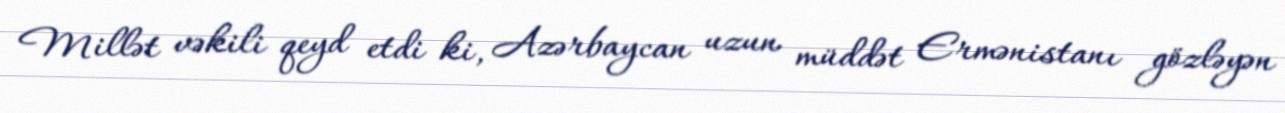
Millət vəkili qeyd etdi ki, Azərbaycan uzun müddət Ermənistanı gözləyən